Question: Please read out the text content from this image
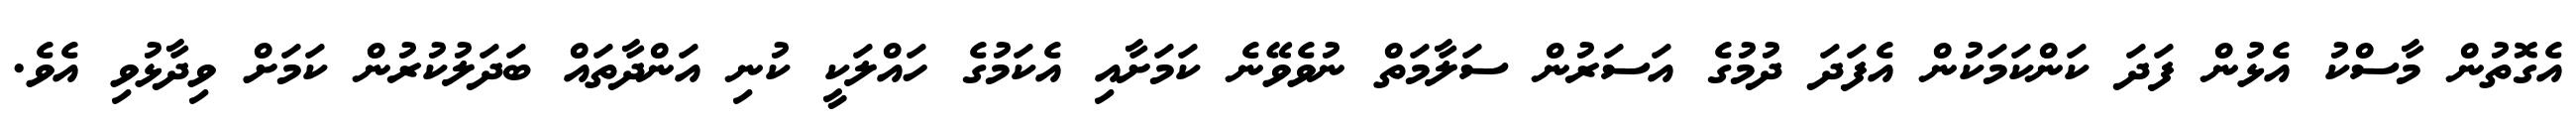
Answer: އެގޮތުން މާސްކު އެޅުން ފަދަ ކަންކަމަކުން އެފަދަ ދުމުގެ އަސަރުން ސަލާމަތް ނުވެވޭނެ ކަމަށާއި އެކަމުގެ ހައްލަކީ ކުނި އަންދާތައް ބަދަލުކުރުން ކަމަށް ވިދާޅުވި އެވެ.